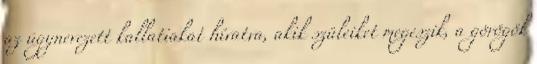
az úgynevezett kallatiakat hívatva, akik szüleiket megeszik, a görögök